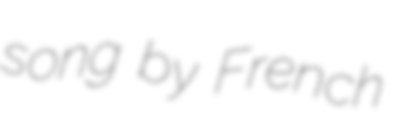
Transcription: song by French